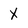
Character: x